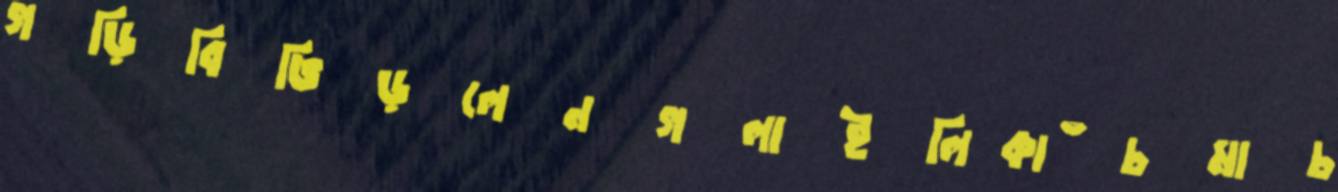
গড়িবিভিড়লেনগলাইলিকাঁচমাচ